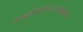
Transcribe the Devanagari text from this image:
साइटोक्रोमोआक्सिडेज़